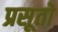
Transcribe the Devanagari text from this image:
प्रसूतो